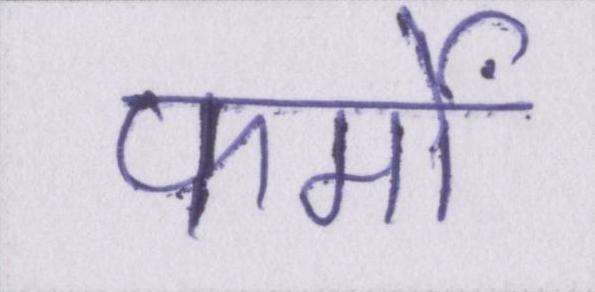
फर्मों